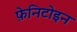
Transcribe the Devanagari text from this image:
फ़ेनिटोइन